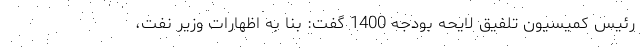
رئیس کمیسیون تلفیق لایحه بودجه 1400 گفت: بنا به اظهارات وزیر نفت،